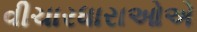
વીચારધારાઓએ